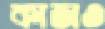
কাজও